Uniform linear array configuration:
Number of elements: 48
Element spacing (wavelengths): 0.5
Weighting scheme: hann
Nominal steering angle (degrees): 0
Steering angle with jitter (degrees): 0.09981
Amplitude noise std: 0.05
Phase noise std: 0.05

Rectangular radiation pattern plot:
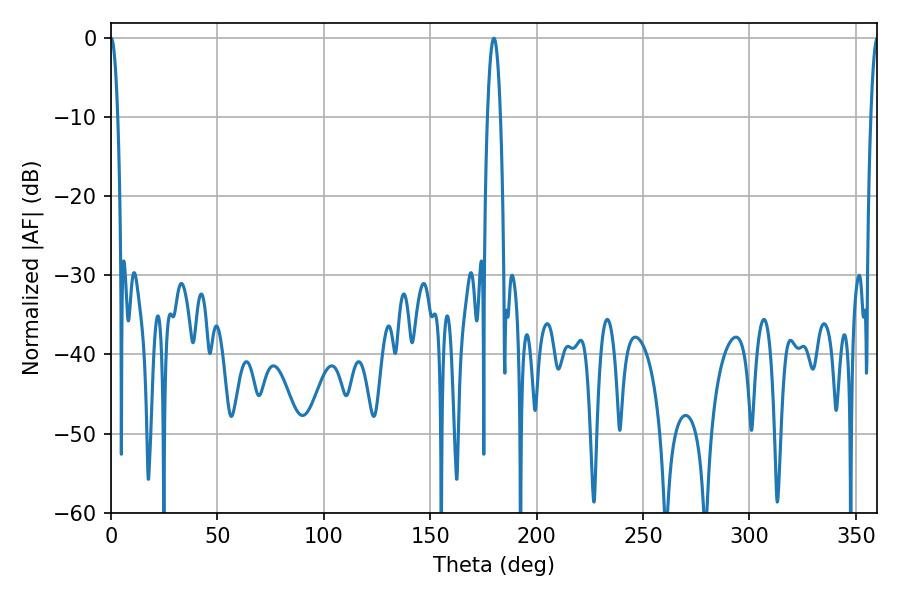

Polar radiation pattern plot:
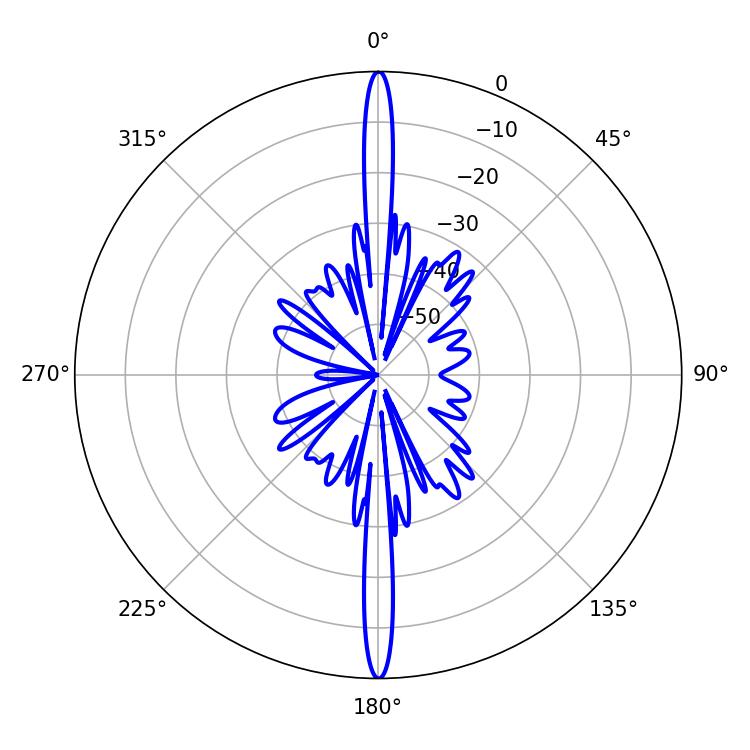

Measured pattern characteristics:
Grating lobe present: FALSE
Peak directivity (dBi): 38.138
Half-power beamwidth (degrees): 1.8
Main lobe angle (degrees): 0.18